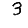
Digit: 3